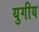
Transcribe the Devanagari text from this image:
युगीय